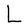
Character: L